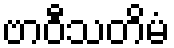
ဗာဝီသတိမံ